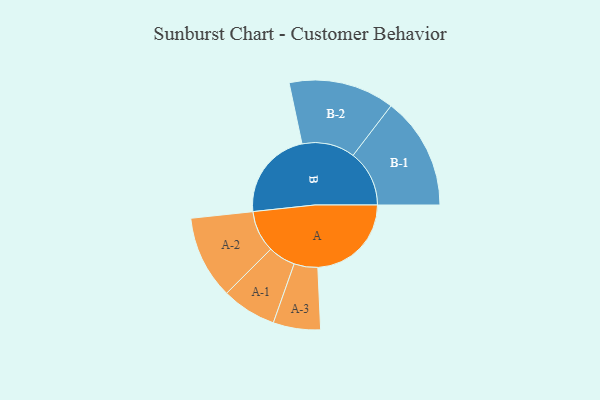
{"axis": {"x": "Segment", "y": "Value"}, "legend": ["", "A", "B"], "data": [{"x": "A", "y": 479, "type": ""}, {"x": "B", "y": 461, "type": ""}, {"x": "A-1", "y": 140, "type": "A"}, {"x": "A-2", "y": 213, "type": "A"}, {"x": "A-3", "y": 121, "type": "A"}, {"x": "B-1", "y": 288, "type": "B"}, {"x": "B-2", "y": 271, "type": "B"}]}